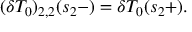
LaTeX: ( \delta T _ { 0 } ) _ { 2 , 2 } ( s _ { 2 } - ) = \delta T _ { 0 } ( s _ { 2 } + ) .